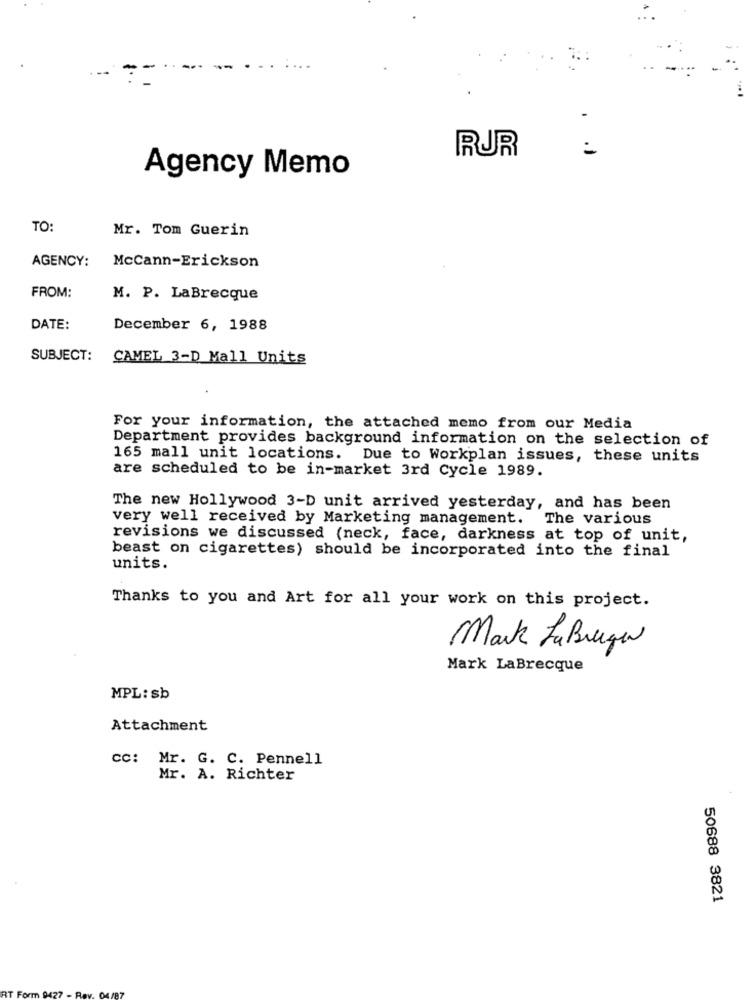
--
RUR
Agency Memo
TO:
Mr. Tom Guerin
AGENCY:
McCann-Erickson
FROM:
M. P. LaBrecque
DATE:
December 6, 1988
SUBJECT:
CAMEL 3-D Mall Units
For your information, the attached memo from our Media
Department provides background information on the selection of
165 mall unit locations. Due to Workplan issues, these units
are scheduled to be in-market 3rd Cycle 1989.
The new Hollywood 3-D unit arrived yesterday, and has been
very well received by Marketing management. The various
revisions we discussed (neck, face, darkness at top of unit,
beast on cigarettes) should be incorporated into the final
units.
Thanks to you and Art for all your work on this project.
Mark LaBruge
Mark LaBrecque
MPL: sb
Attachment
cc: Mr. G. C. Pennell
Mr. A. Richter
50688 3821
- Rev. 04 /87
T Form D